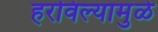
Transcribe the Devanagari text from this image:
हरविल्यामुळे